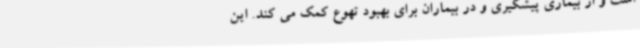
است و از بیماری پیشگیری و در بیماران برای بهبود تهوع کمک می کند. این